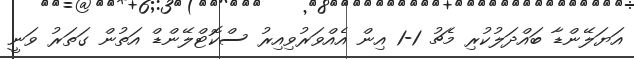
އަޔަލޭންޑާ ބައްދަލުކުރި މެޗު 1-1 އިން އެއްވަރުވިއިރު ސްކޮޓްލޭންޑް އަތުން ގަތަރު ވަނީ